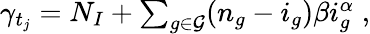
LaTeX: \begin{array}{r}{\gamma_{t_{j}}=N_{I}+\sum_{g\in\mathcal{G}}(n_{g}-i_{g})\beta i_{g}^{\alpha}\; ,}\end{array}